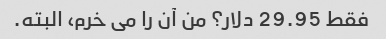
فقط 29.95 دلار؟ من آن را می خرم، البته.